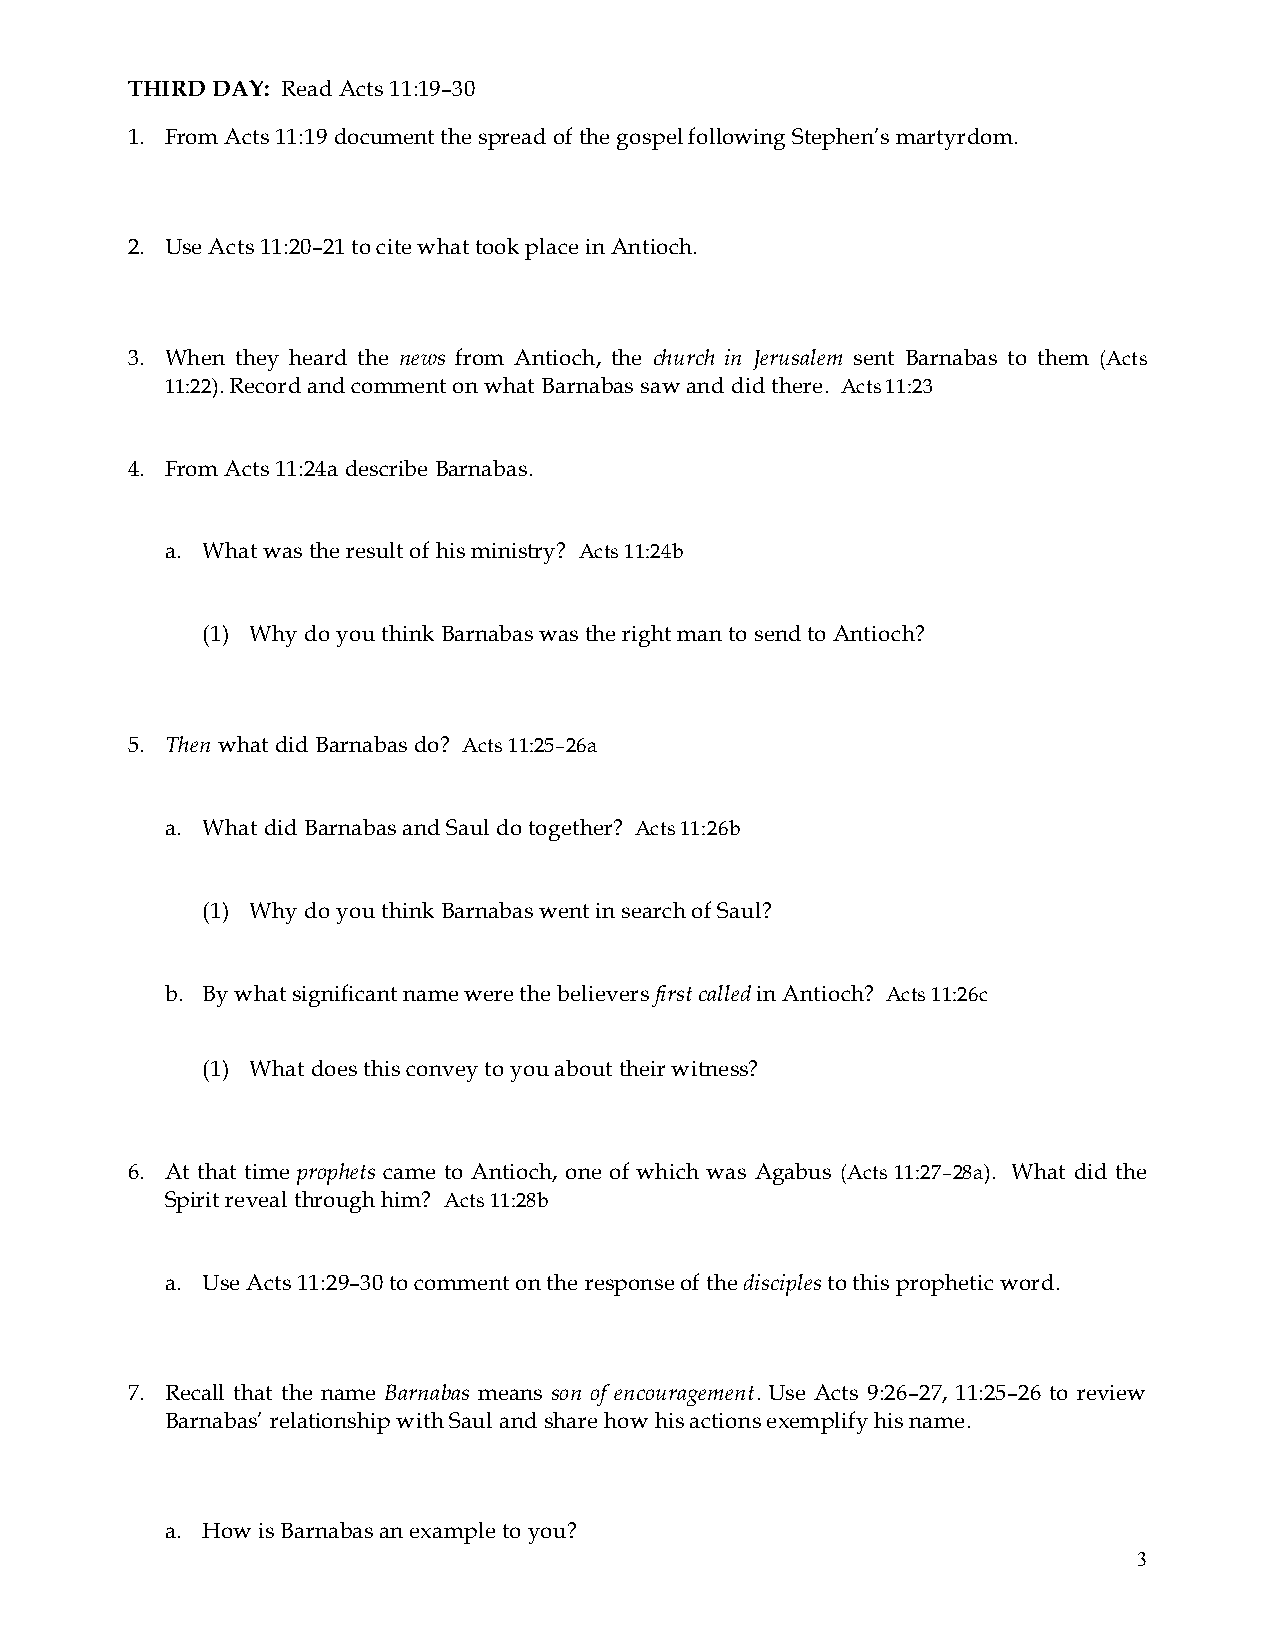
THIRD DAY: Read Acts 11:19–30
 1. From Acts 11:19 document the spread of the gospel following Stephen’s martyrdom.
 2. Use Acts 11:20–21 to cite what took place in Antioch.
 3. When they heard the news from Antioch, the church in Jerusalem sent Barnabas to them (Acts
 11:22). Record and comment on what Barnabas saw and did there. Acts 11:23
 4. From Acts 11:24a describe Barnabas.
 a. What was the result of his ministry? Acts 11:24b
 (1) Why do you think Barnabas was the right man to send to Antioch?
 5. Then what did Barnabas do? Acts 11:25–26a
 a. What did Barnabas and Saul do together? Acts 11:26b
 (1) Why do you think Barnabas went in search of Saul?
 b. By what significant name were the believers first called in Antioch? Acts 11:26c
 (1) What does this convey to you about their witness?
 6. At that time prophets came to Antioch, one of which was Agabus (Acts 11:27–28a). What did the
 Spirit reveal through him? Acts 11:28b
 a. Use Acts 11:29–30 to comment on the response of the disciples to this prophetic word.
 7. Recall that the name Barnabas means son of encouragement. Use Acts 9:26–27, 11:25–26 to review
 Barnabas’ relationship with Saul and share how his actions exemplify his name.
 a. How is Barnabas an example to you?
 3